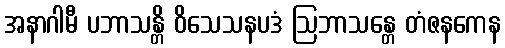
အနာဂါမီ ပဘာသန္တိ ဝိသေသနပဒံ ဩဘာသန္တေ တံဇနကေန